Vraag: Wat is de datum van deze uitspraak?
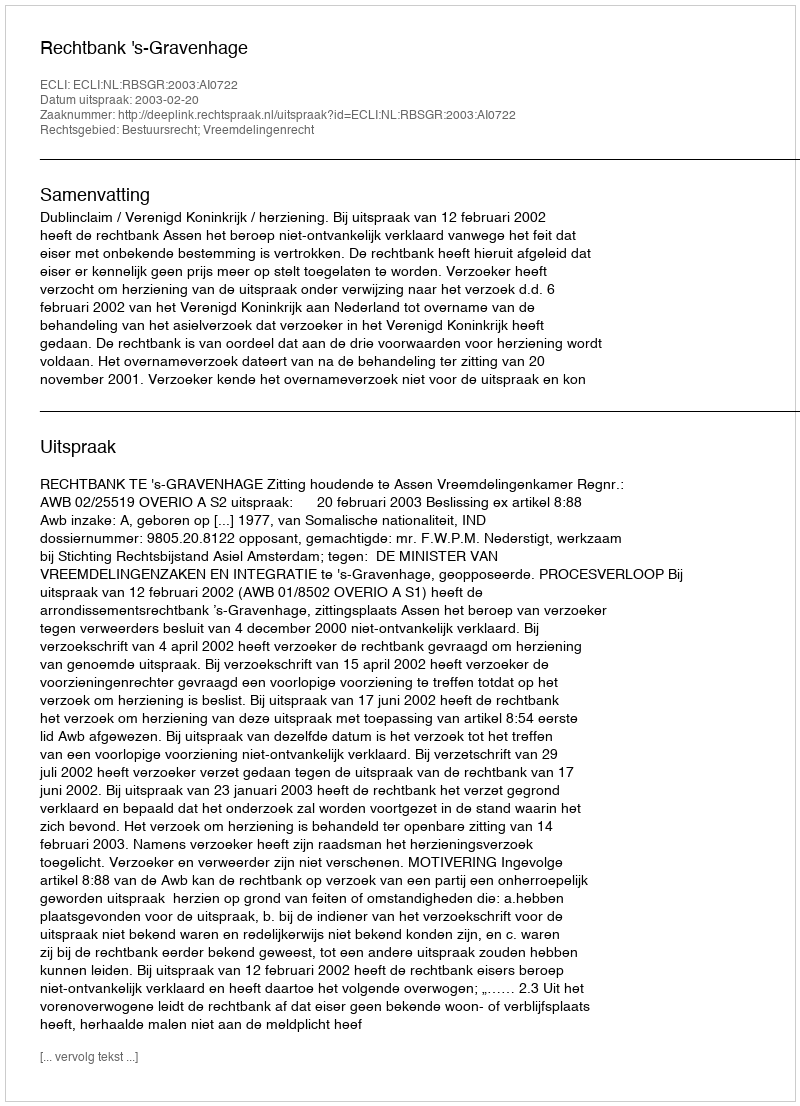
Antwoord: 2003-02-20